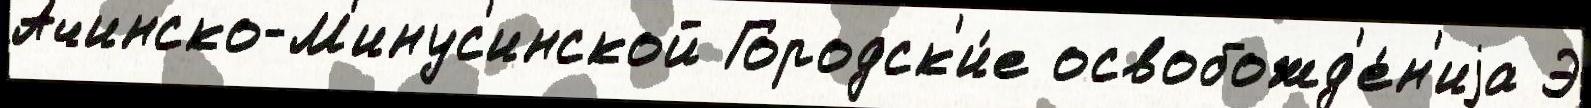
Ачинско-М'инус'инской Городск'и́е освобожд'е́н'иjа Э